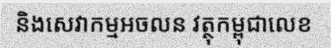
និងសេវាកម្មអចលន វត្ថុកម្ពុជាលេខ